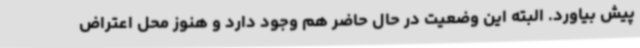
پیش بیاورد. البته این وضعیت در حال حاضر هم وجود دارد و هنوز محل اعتراض